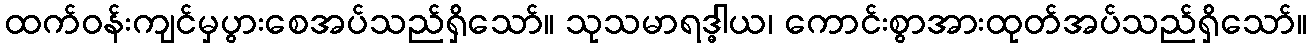
ထက်ဝန်းကျင်မှပွားစေအပ်သည်ရှိသော်။ သုသမာရဒ္ဓါယ၊ ကောင်းစွာအားထုတ်အပ်သည်ရှိသော်။